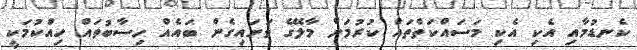
ކެނޑުމާއި އެކި އެކި މަސައްކަތްތައް ކުރުމަށް މާލޭގެ ވަށައިގެން ބައެއް ހިސާބުތައް ހިއްކުމަކީ